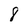
Character: 8